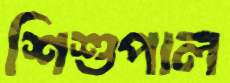
শিশুপাল